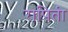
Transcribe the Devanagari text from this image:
रापिती